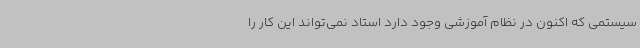
سیستمی که اکنون در نظام آموزشی وجود دارد استاد نمی‌تواند این کار را